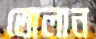
তোলান